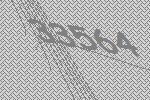
33564